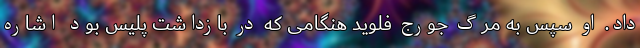
داد. او سپس به مرگ جورج فلوید هنگامی که در بازداشت پلیس بود اشاره